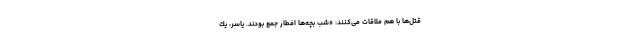
قتل‌ها با هم ملاقات می‌کنند: «شب بچه‌ها افطار جمع بودند. یاسر، یك